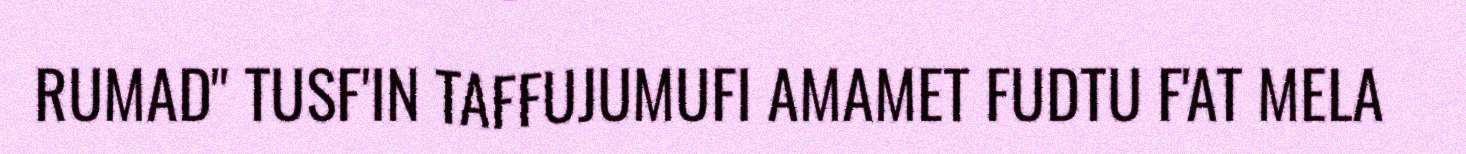
RUMAD" TUSF'IN TAFFUJUMUFI AMAMET FUDTU F'AT MELA